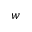
\boldsymbol { w }